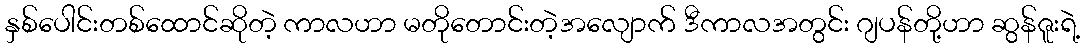
နှစ်ပေါင်းတစ်ထောင်ဆိုတဲ့ ကာလဟာ မတိုတောင်းတဲ့အလျောက် ဒီကာလအတွင်း ဂျပန်တို့ဟာ ဆွန်ဇူးရဲ့